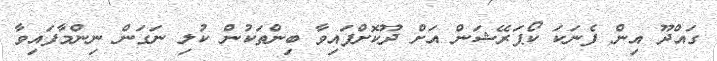
ގައްދޫ އިން ފެނަކަ ކޯޕަރޭޝަން އަށް ދޫކޮށްފައިވާ ބިންތަކުން ކުލި ނަގަން ނިންމާފައިވާ